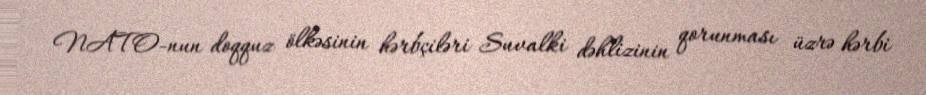
NATO-nun doqquz ölkəsinin hərbçiləri Suvalki dəhlizinin qorunması üzrə hərbi